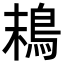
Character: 𩿣